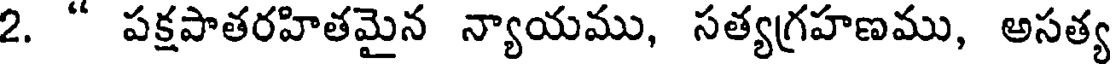
2. " పక్షపాతరహితమైన న్యాయము, సత్యగ్రహణము, అసత్య